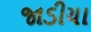
જાડીયા